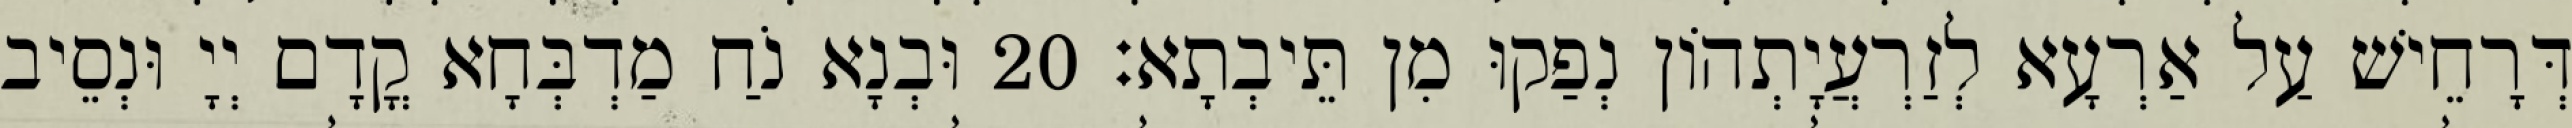
דְּרָחֵישׁ עַל אַרְעָא לְזַרְעֲיָתְהוֹן נְפַקוּ מִן תֵּיבְתָא׃ 20 וּבְנָא נֹחַ מַדְבְּחָא קֳדָם יְיָ וּנְסֵיב